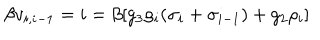
\beta v _ { i , i - 1 } = i = \beta [ g _ { 3 } \rho _ { i } ( \sigma _ { i } + \sigma _ { i - 1 } ) + g _ { 2 } \rho _ { i } ]